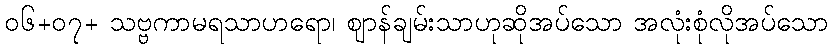
၀၆+၀၇+ သဗ္ဗကာမရသာဟရော၊ ဈာန်ချမ်းသာဟုဆိုအပ်သော အလုံးစုံလိုအပ်သော